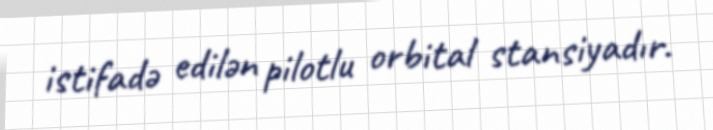
istifadə edilən pilotlu orbital stansiyadır.